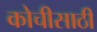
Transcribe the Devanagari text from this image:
कोचीसाठी